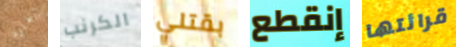
الجلود الكرنب بقتلي إنقطع قرائتها